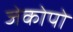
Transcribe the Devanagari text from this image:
जेकोपो